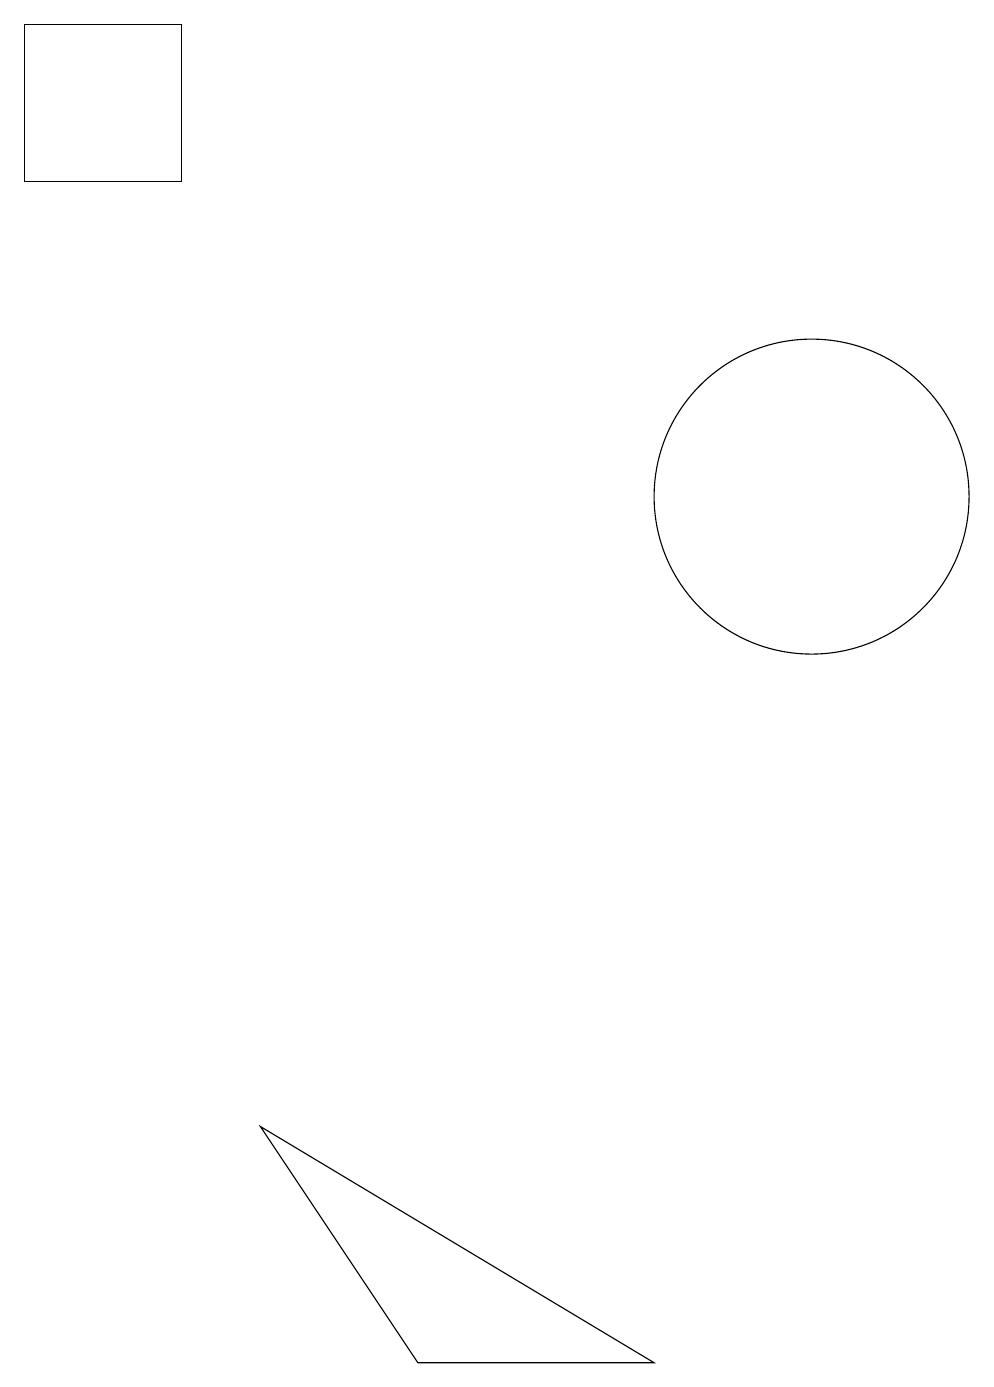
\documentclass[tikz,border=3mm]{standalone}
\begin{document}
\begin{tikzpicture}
\draw (1,16) rectangle (3,18);
\draw (11,12) circle (2);
\draw (6,1) -- (9,1) -- (4,4) -- cycle;
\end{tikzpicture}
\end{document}